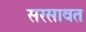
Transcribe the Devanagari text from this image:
सरसावत